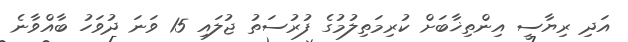
އަދި ރިޔާސީ އިންތިޚާބަށް ކުރިމަތިލުމުގެ ފުރުސަތު ޖުލައި 15 ވަނަ ދުވަހު ބާއްވާނެ